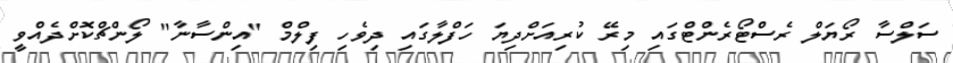
ސަލްސާ ރޯޔަލް ރެސްޓޯރެންޓްގައި މިރޭ ކުރިއަށްދިޔަ ހަފްލާގައި ދިވެހި ފިލްމް "އިންސާނާ" ލޯންޗްކޮށްދެއްވީ